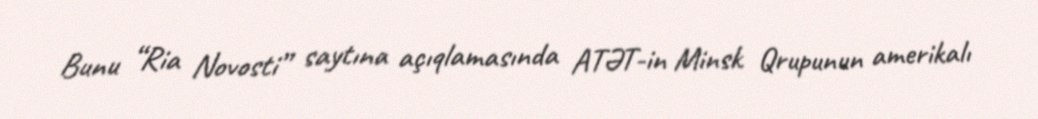
Bunu “Ria Novosti” saytına açıqlamasında ATƏT-in Minsk Qrupunun amerikalı